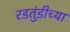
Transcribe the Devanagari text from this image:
रडतुंडीच्या